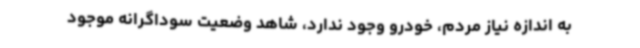
به اندازه نیاز مردم، خودرو وجود ندارد، شاهد وضعیت سوداگرانه موجود